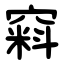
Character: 窲